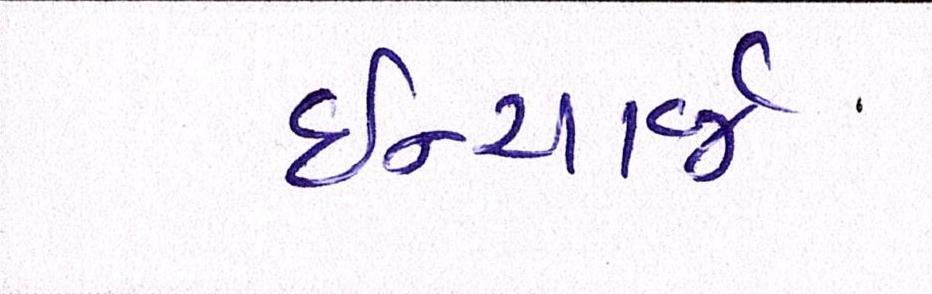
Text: ઈન્ચાર્જ